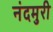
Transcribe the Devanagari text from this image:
नंदमुरी